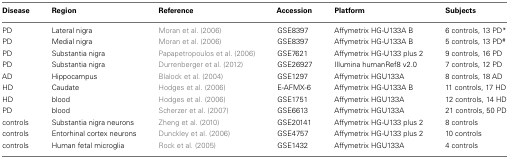
<table><thead><tr><td><b>Disease</b></td><td><b>Region</b></td><td><b>Reference</b></td><td><b>Accession</b></td><td><b>Platform</b></td><td><b>Subjects</b></td></tr></thead><tbody><tr><td>PD</td><td>Lateral nigra</td><td>Moran et al. (2006)</td><td>GSE8397</td><td>Affymetrix HG-U133A B</td><td>6 controls, 13 PD*</td></tr><tr><td>PD</td><td>Medial nigra</td><td>Moran et al. (2006)</td><td>GSE8397</td><td>Affymetrix HG-U133A B</td><td>5 controls, 13 PD<sup>#</sup></td></tr><tr><td>PD</td><td>Substantia nigra</td><td>Papapetropoulos et al. (2006)</td><td>GSE7621</td><td>Affymetrix HG-U133 plus 2</td><td>9 controls, 16 PD</td></tr><tr><td>PD</td><td>Substantia nigra</td><td>Durrenberger et al. (2012)</td><td>GSE26927</td><td>Illumina humanRef8 v2.0</td><td>7 controls, 12 PD</td></tr><tr><td>AD</td><td>Hippocampus</td><td>Blalock et al. (2004)</td><td>GSE1297</td><td>Affymetrix HGU133A</td><td>8 controls, 18 AD</td></tr><tr><td>HD</td><td>Caudate</td><td>Hodges et al. (2006)</td><td>E-AFMX-6</td><td>Affymetrix HG-U133A B</td><td>11 controls, 17 HD</td></tr><tr><td>HD</td><td>blood</td><td>Hodges et al. (2006)</td><td>GSE1751</td><td>Affymetrix HGU133A</td><td>12 controls, 14 HD</td></tr><tr><td>PD</td><td>blood</td><td>Scherzer et al. (2007)</td><td>GSE6613</td><td>Affymetrix HGU133A</td><td>21 controls, 50 PD</td></tr><tr><td>controls</td><td>Substantia nigra neurons</td><td>Zheng et al. (2010)</td><td>GSE20141</td><td>Affymetrix HG-U133 plus 2</td><td>8 controls</td></tr><tr><td>controls</td><td>Entorhinal cortex neurons</td><td>Dunckley et al. (2006)</td><td>GSE4757</td><td>Affymetrix HG-U133 plus 2</td><td>10 controls</td></tr><tr><td>controls</td><td>Human fetal microglia</td><td>Rock et al. (2005)</td><td>GSE1432</td><td>Affymetrix HGU133A</td><td>4 controls</td></tr></tbody></table>